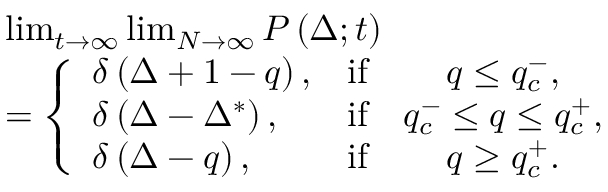
\begin{array} { r l } & { \operatorname* { l i m } _ { t \to \infty } \operatorname* { l i m } _ { N \to \infty } P \left( \Delta ; t \right) } \\ & { = \left\{ \begin{array} { l c c } { \delta \left( \Delta + 1 - q \right) , } & { \mathrm { i f } } & { q \leq q _ { c } ^ { - } , } \\ { \delta \left( \Delta - \Delta ^ { * } \right) , } & { \mathrm { i f } } & { q _ { c } ^ { - } \leq q \leq q _ { c } ^ { + } , } \\ { \delta \left( \Delta - q \right) , } & { \mathrm { i f } } & { q \geq q _ { c } ^ { + } . } \end{array} \right. } \end{array}